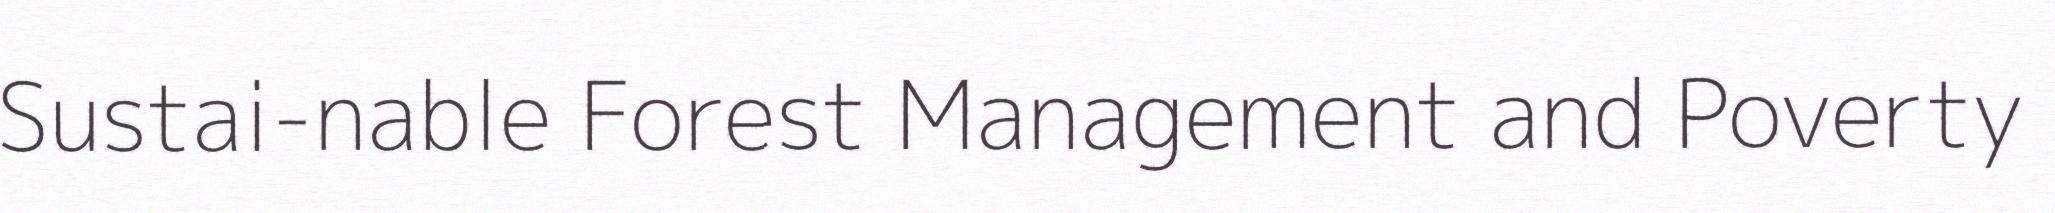
Sustai-nable Forest Management and Poverty